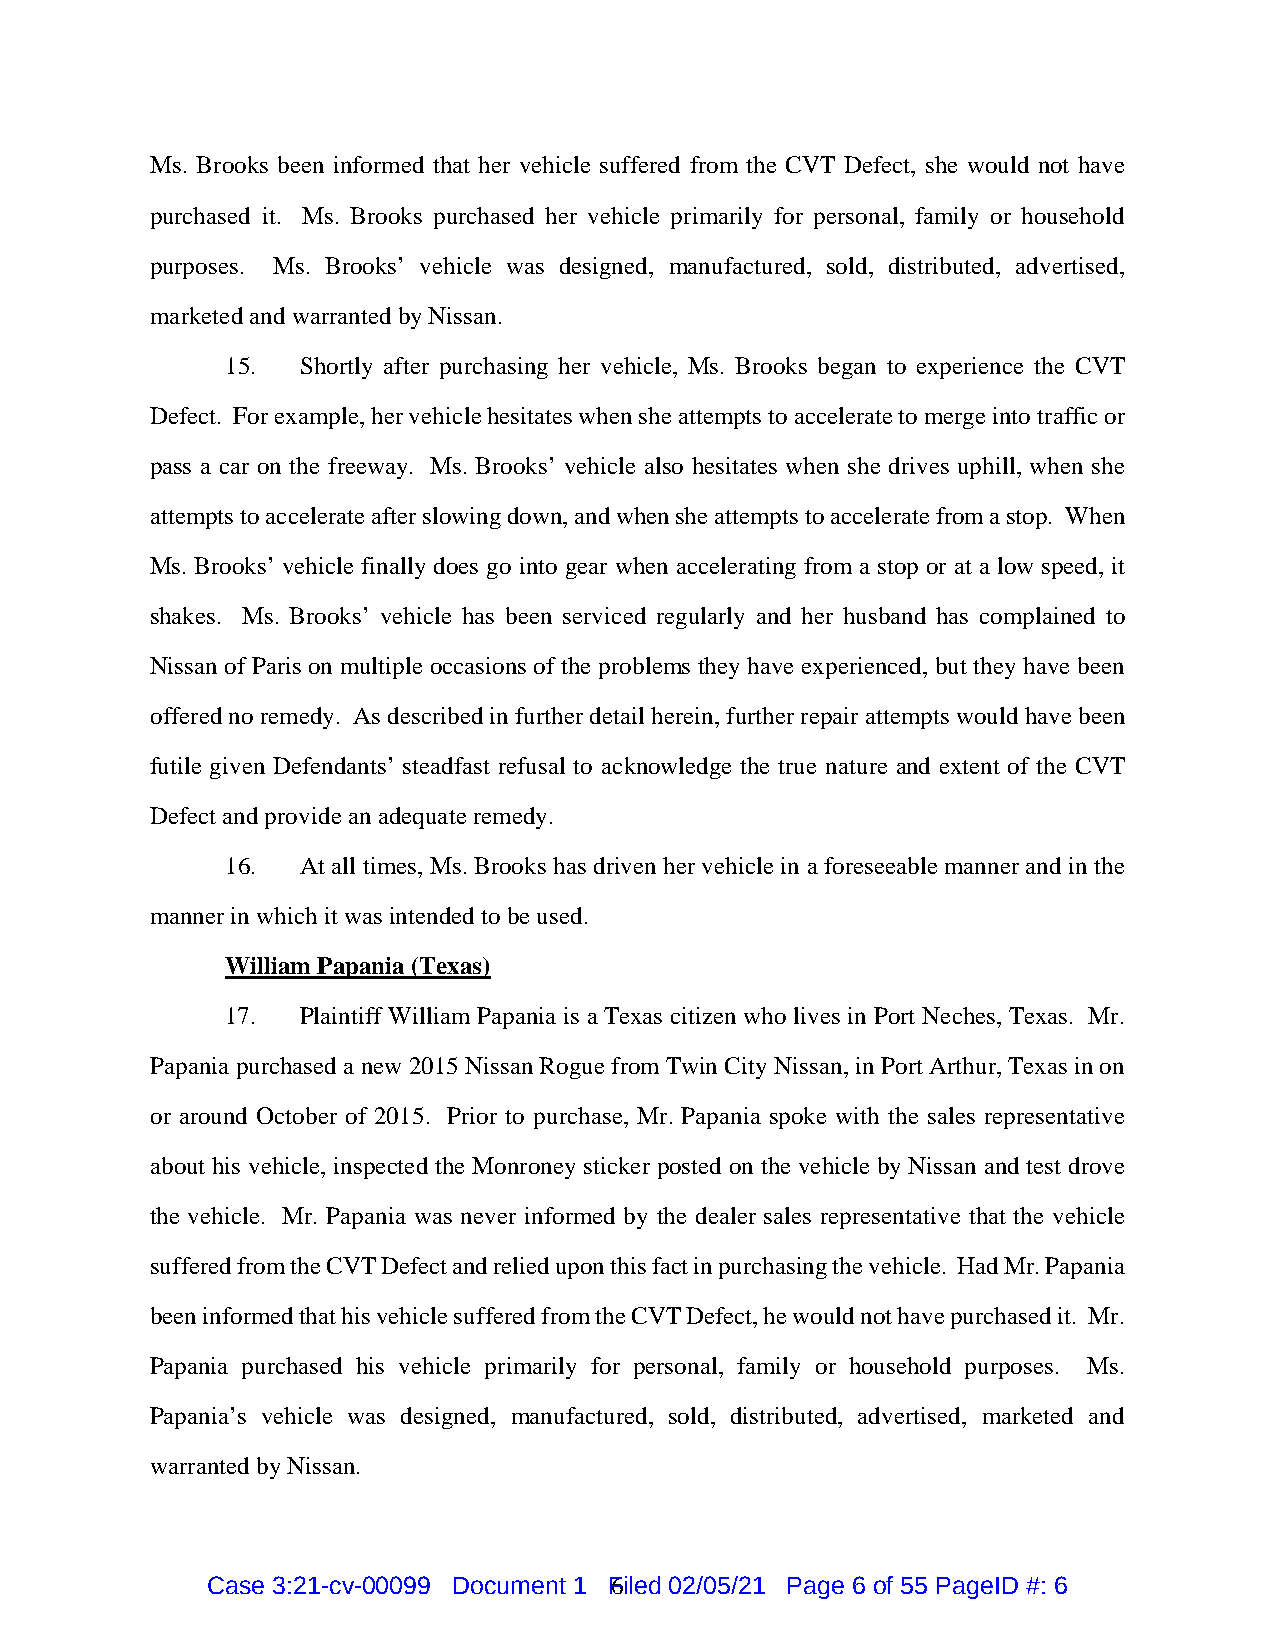
Ms. Brooks been informed that her vehicle suffered from the CVT Defect, she would not have
 purchased it. Ms. Brooks purchased her vehicle primarily for personal, family or household
 purposes. Ms. Brooks’ vehicle was designed, manufactured, sold, distributed, advertised,
 marketed and warranted by Nissan.
 15.  Shortly after purchasing her vehicle, Ms. Brooks began to experience the CVT
 Defect. For example, her vehicle hesitates when she attempts to accelerate to merge into traffic or
 pass a car on the freeway. Ms. Brooks’ vehicle also hesitates when she drives uphill, when she
 attempts to accelerate after slowing down, and when she attempts to accelerate from a stop. When
 Ms. Brooks’ vehicle finally does go into gear when accelerating from a stop or at a low speed, it
 shakes. Ms. Brooks’ vehicle has been serviced regularly and her husband has complained to
 Nissan of Paris on multiple occasions of the problems they have experienced, but they have been
 offered no remedy. As described in further detail herein, further repair attempts would have been
 futile given Defendants’ steadfast refusal to acknowledge the true nature and extent of the CVT
 Defect and provide an adequate remedy.
 16.  At all times, Ms. Brooks has driven her vehicle in a foreseeable manner and in the
 manner in which it was intended to be used.
 William Papania (Texas)
 17.  Plaintiff William Papania is a Texas citizen who lives in Port Neches, Texas. Mr.
 Papania purchased a new 2015 Nissan Rogue from Twin City Nissan, in Port Arthur, Texas in on
 or around October of 2015. Prior to purchase, Mr. Papania spoke with the sales representative
 about his vehicle, inspected the Monroney sticker posted on the vehicle by Nissan and test drove
 the vehicle. Mr. Papania was never informed by the dealer sales representative that the vehicle
 suffered from the CVT Defect and relied upon this fact in purchasing the vehicle. Had Mr. Papania
 been informed that his vehicle suffered from the CVT Defect, he would not have purchased it. Mr.
 Papania purchased his vehicle primarily for personal, family or household purposes. Ms.
 Papania’s vehicle was designed, manufactured, sold, distributed, advertised, marketed and
 warranted by Nissan.
 Case 3:21-cv-00099 Document 1 F6 iled 02/05/21 Page 6 of 55 PageID #: 6